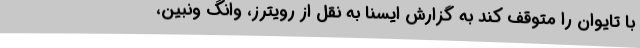
با تایوان را متوقف کند به گزارش ایسنا به نقل از رویترز، وانگ ونبین،